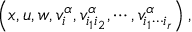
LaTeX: \left( x , u , w , v _ { i } ^ { \alpha } , v _ { i _ { 1 } i _ { 2 } } ^ { \alpha } , \cdots , v _ { i _ { 1 } \cdots i _ { r } } ^ { \alpha } \right) ,